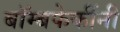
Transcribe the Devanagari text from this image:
बॉम्बफेकींनी